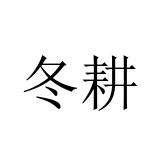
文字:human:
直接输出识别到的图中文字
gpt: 冬耕